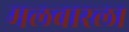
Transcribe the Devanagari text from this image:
मलबारला